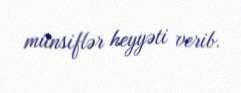
münsiflər heyyəti verib.